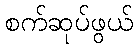
စက်ဆုပ်ဖွယ်